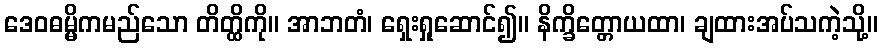
ဒေဝဓမ္မိကမည်သော တိတ္ထိကို။ အာဘတံ၊ ရှေးရှုဆောင်၍။ နိက္ခိတ္တောယထာ၊ ချထားအပ်သကဲ့သို့။